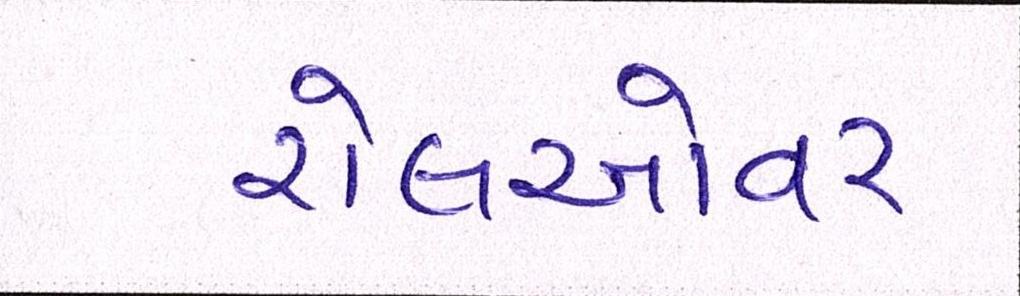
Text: રોલઓવર